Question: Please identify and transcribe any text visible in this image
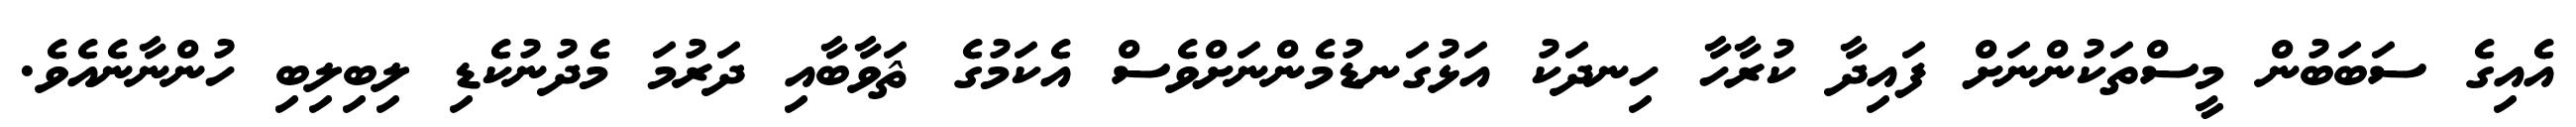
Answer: އެއިގެ ސަބަބުން މީސްތަކުންނަށް ފައިދާ ކުރާހާ ހިނދަކު އަޅުގަނޑުމެންނަށްވެސް އެކަމުގެ ޘަވާބާއި ދަރުމަ މެދުނުކެޑި ލިބިލިބި ހުންނާނެއެވެ.